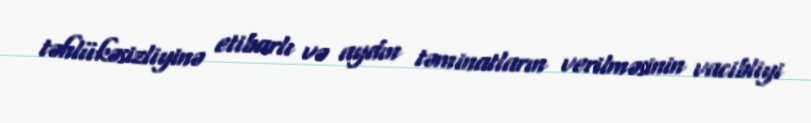
təhlükəsizliyinə etibarlı və aydın təminatların verilməsinin vacibliyi